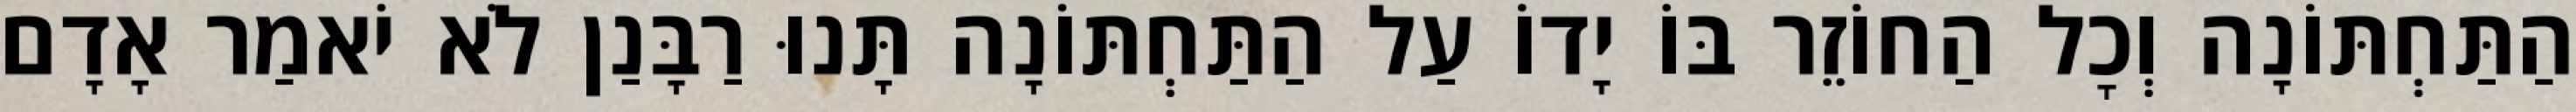
הַתַּחְתּוֹנָה וְכׇל הַחוֹזֵר בּוֹ יָדוֹ עַל הַתַּחְתּוֹנָה תָּנוּ רַבָּנַן לֹא יֹאמַר אָדָם